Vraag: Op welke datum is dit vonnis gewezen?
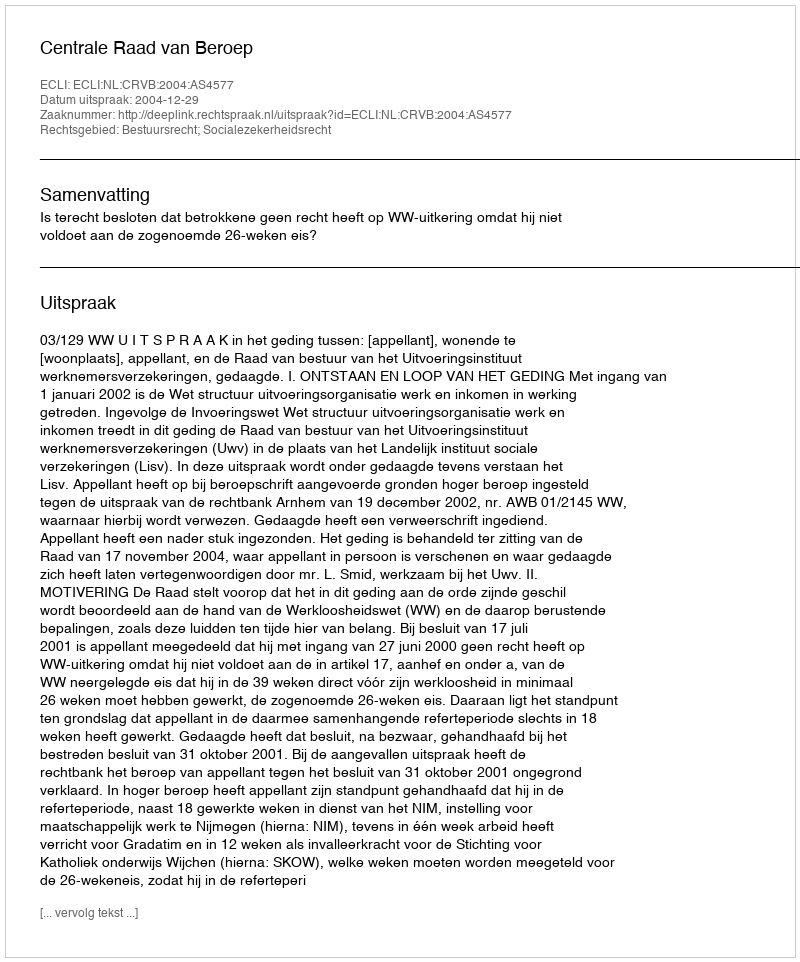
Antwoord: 2004-12-29